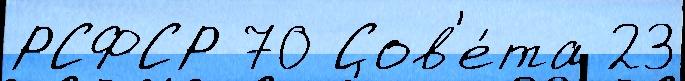
РСФСР 70 Сов'е́та 23